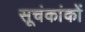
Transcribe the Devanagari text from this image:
सूचंकांकों